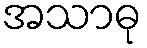
အသာဓု